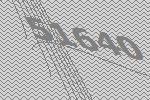
51640